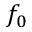
f _ { 0 }